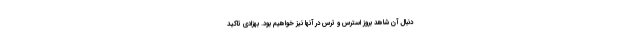
دنبال آن شاهد بروز استرس و ترس در آنها نیز خواهیم بود. بهزادی تاکید